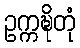
ဥက္ကဍ္ဎိတုံ